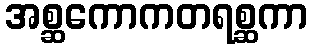
အစ္ဆကောကတရစ္ဆကာ